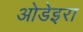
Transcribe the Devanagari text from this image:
ओडेइरा